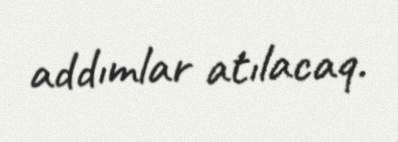
addımlar atılacaq.